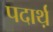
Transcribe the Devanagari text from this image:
पदार्थ़